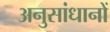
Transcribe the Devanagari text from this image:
अनुसांधानों